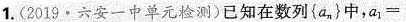
1.(2019·六安一中单元检测)已知在数列{a_{n}}中，$$a _ { 1 } =